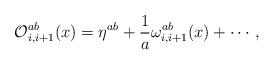
LaTeX: \begin{align*}{\cal O}_{i,i+1}^{ab}(x)=\eta^{ab}+\frac{1}{a}\omega_{i,i+1}^{ab}(x)+ \cdots \, ,\end{align*}